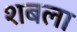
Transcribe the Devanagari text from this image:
शबला